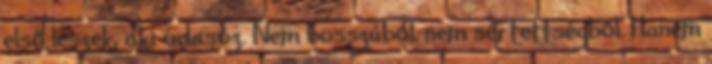
első leszek, aki odasóz. Nem bosszúból, nem sértettségből. Hanem